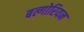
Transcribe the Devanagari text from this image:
बल्गोरियन